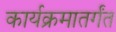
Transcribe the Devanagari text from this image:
कार्यक्रमातर्गंत